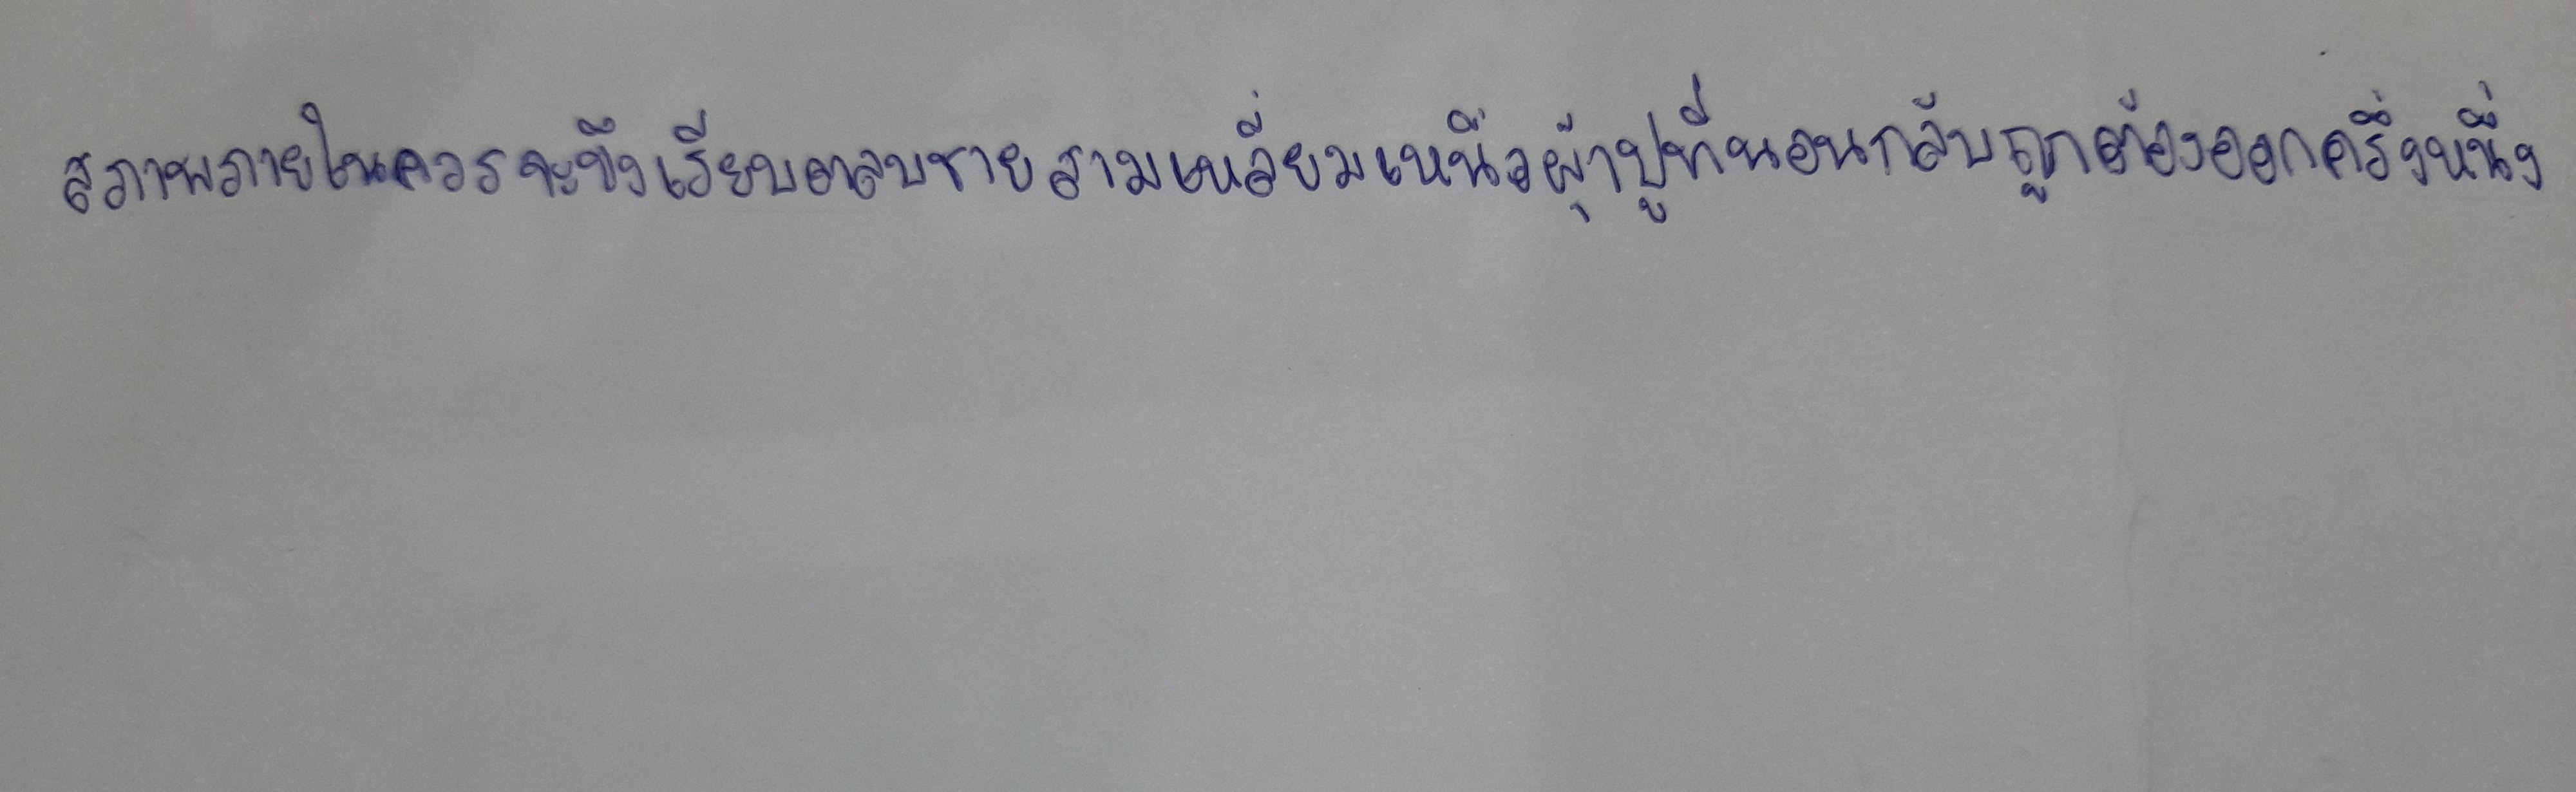
สภาพภายในควรจะขึงเรียบตลบชายสามเหลี่ยมเหนือผ้าปูที่นอนกลับถูกต้องออกครึ่งหนึ่ง